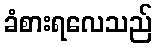
ခံစားရလေသည်